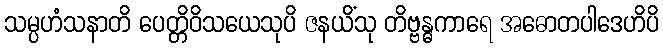
သမ္ပဟံသနာတိ ပေတ္တိဝိသယေသုပိ ဇနယိံသု တိဗ္ဗန္ဓကာရေ အဓောတပါဒေဟိပိ